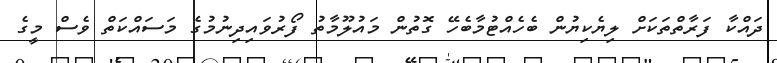
ދައްކާ ފަރާތްތަކަށް ލިޔެކިޔުން ބެހެއްޓުމާބެހޭ ގޮތުން މައުލޫމާތު ފޯރުވައިދިނުމުގެ މަސައްކަތް ވެސް މީގެ